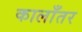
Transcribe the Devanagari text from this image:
कालाँतर